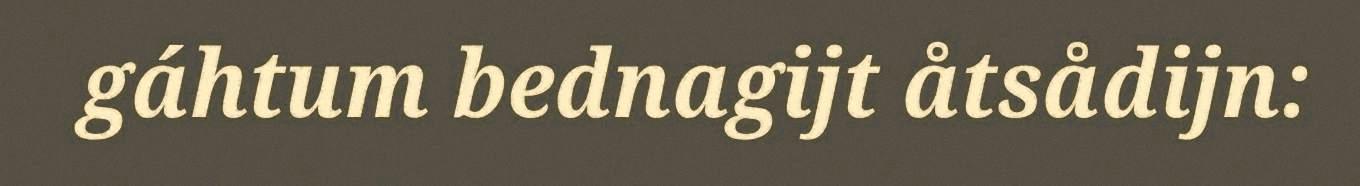
gáhtum bednagijt åtsådijn: